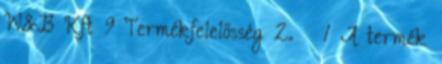
W&B Kft 9 Termékfelelősség 2. § 1 A termék